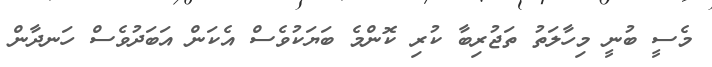
މެސީ ބުނީ މިހާލަތު ތަޖުރިބާ ކުރި ކޮންމެ ބަޔަކުވެސް އެކަން އަބަދުވެސް ހަނދާން